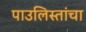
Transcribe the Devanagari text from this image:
पाउलिस्तांचा